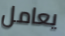
يعامل